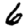
Digit: 6